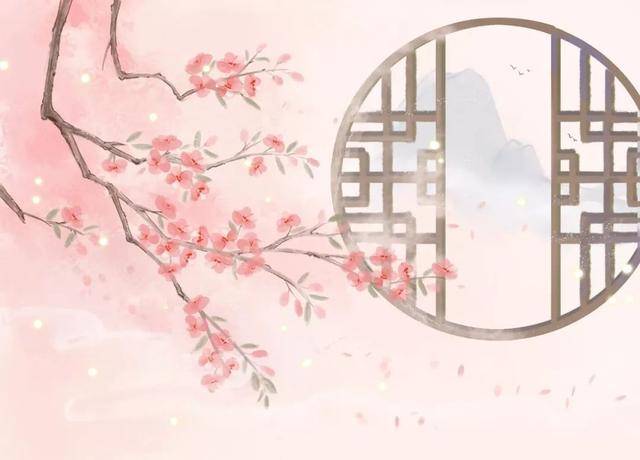
猿啼客散暮江头，人自伤心水自流。